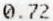
0.72